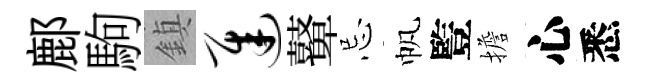
鄜駒鎮迟鼙忌帆䜿擔心悉